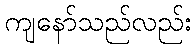
ကျနော်သည်လည်း